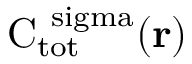
\mathrm { { C } _ { \mathrm { { t o t } } } ^ { \ s i g m a } ( { \bf r } ) }